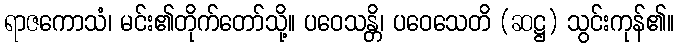
ရာဇကောသံ၊ မင်း၏တိုက်တော်သို့။ ပဝေသန္တိ၊ ပဝေသေတိ (ဆဋ္ဌ) သွင်းကုန်၏။